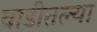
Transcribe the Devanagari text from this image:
वाडीतल्या